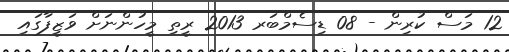
12 މަސް ކުރިން - 08 ޑިސެމްބަރ 2013 ރީތި މީހުންނަށް ވަޒީފާގައި